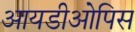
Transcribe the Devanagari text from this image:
आयडीओपिस